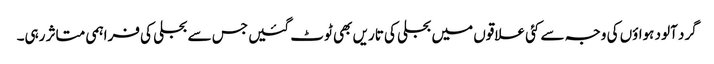
گرد آلود ہواؤں کی وجہ سے کئی علاقوں میں بجلی کی تاریں بھی ٹوٹ گئیں جس سے بجلی کی فراہمی متاثر رہی۔